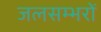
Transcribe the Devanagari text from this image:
जलसम्भरों